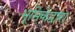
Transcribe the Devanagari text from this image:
भूमिकेद्वारा